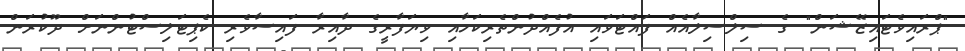
"ޕްރައިވެޓައިޒޭޝަން" ގެ ސިލްސިލާއެއް ފައްޓަވައި އުފެއްދުންތެރިކަމާއި ވިޔަފާރީގެ ދާއިރާ ފައިސާވެރި ކެޕިޓަލިސްޓުންނަށް ދޫކުރަން